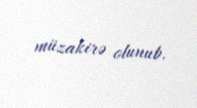
müzakirə olunub.